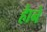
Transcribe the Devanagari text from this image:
हाेने